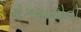
રોગચાળોનો